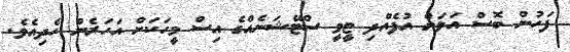
ފަހުން ބޮސް އަލަށް އުފެއްދި ޓީވީ ސްޓޭޝަނެއްގެ އިސް މީހަކަށް އަހަރެން ހެދިއެވެ.